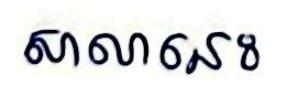
សាលានេះ